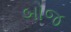
બોજ